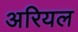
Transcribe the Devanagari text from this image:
अरियल